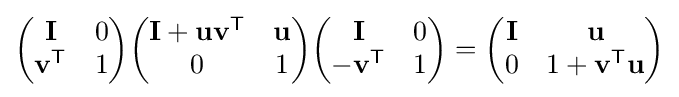
{\begin{pmatrix}\mathbf {I} &0\\\mathbf {v} ^{\textsf {T}}&1\end{pmatrix}}{\begin{pmatrix}\mathbf {I} +\mathbf {uv} ^{\textsf {T}}&\mathbf {u} \\0&1\end{pmatrix}}{\begin{pmatrix}\mathbf {I} &0\\-\mathbf {v} ^{\textsf {T}}&1\end{pmatrix}}={\begin{pmatrix}\mathbf {I} &\mathbf {u} \\0&1+\mathbf {v} ^{\textsf {T}}\mathbf {u} \end{pmatrix}}